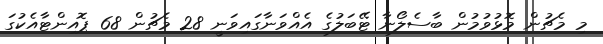
މި މެޗުން މޮޅުވުމުން ބާސެލޯނާ ޓޭބަލުގެ އެއްވަނާގައިވަނީ 28 މެޗުން 68 ޕޮއިންޓާއެކުގަ